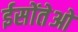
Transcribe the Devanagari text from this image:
ईसोंतेओ